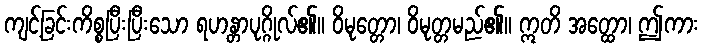
ကျင့်ခြင်းကိစ္စပြီးပြီးသော ရဟန္တာပုဂ္ဂိုလ်၏။ ဝိမုတ္တော၊ ဝိမုတ္တမည်၏။ ဣတိ အတ္ထော၊ ဤကား